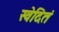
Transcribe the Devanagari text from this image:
स्वेदितं